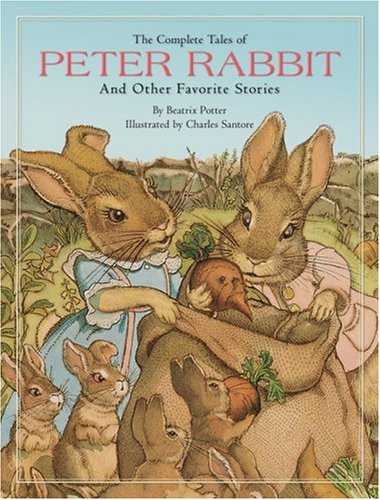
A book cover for The Complete Tales of Peter Rabbit; Beatrix Potter; Children's Books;